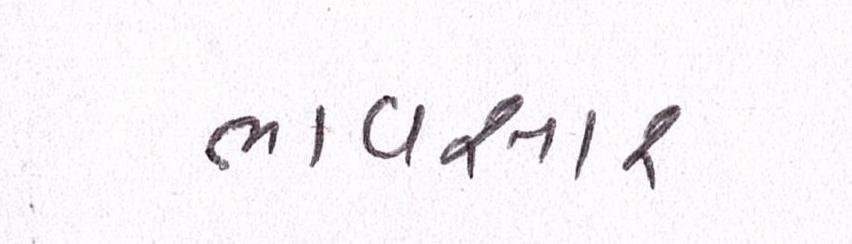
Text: ભાવસારઃ